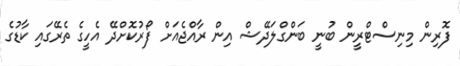
ފޮރިން މިނިސްޓްރީން ބުނީ ބަންގްލަދޭޝް އިން ރާއްޖެއަށް ފޯރުކޮށްދޭ އެހީގެ ތެރޭގައި ކާޑުގެ